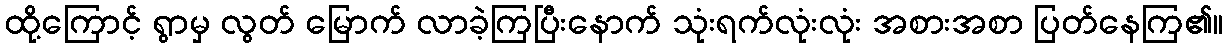
ထို့ကြောင့် ရွာမှ လွတ် မြောက် လာခဲ့ကြပြီးနောက် သုံးရက်လုံးလုံး အစားအစာ ပြတ်နေကြ၏။